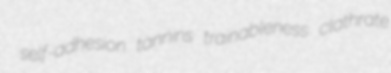
self-adhesion tannins trainableness clathrate